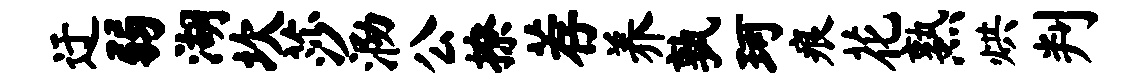
迂弱湖坎莎泐公撩荐养孰珂痕花熟烘判